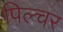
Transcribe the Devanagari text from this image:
पिल्चर